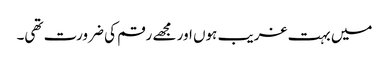
میں بہت غریب ہوں اور مجھے رقم کی ضرورت تھی۔